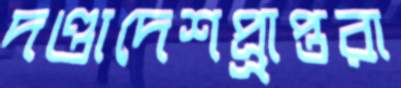
দণ্ডাদেশপ্র্রাপ্তরা